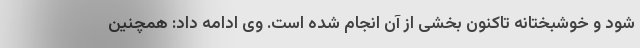
شود و خوشبختانه تاکنون بخشی از آن انجام شده است. وی ادامه داد: همچنین